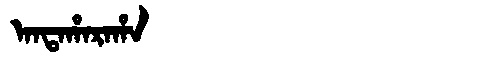
Manchu: ᠠᠨᡨᠠᡥᠠᡵᠠᡥᠠ
Romanization: ANTAHARAHA